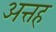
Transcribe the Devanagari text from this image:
अत्तह